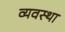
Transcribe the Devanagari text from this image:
व्यवस्था